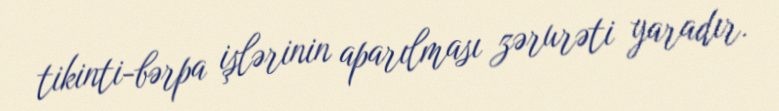
tikinti-bərpa işlərinin aparılması zərurəti yaradır.